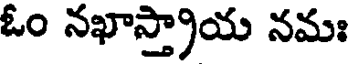
ఓం నఖాస్త్రాయ నమః